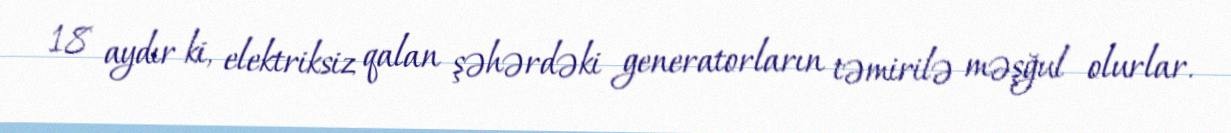
18 aydır ki, elektriksiz qalan şəhərdəki generatorların təmirilə məşğul olurlar.